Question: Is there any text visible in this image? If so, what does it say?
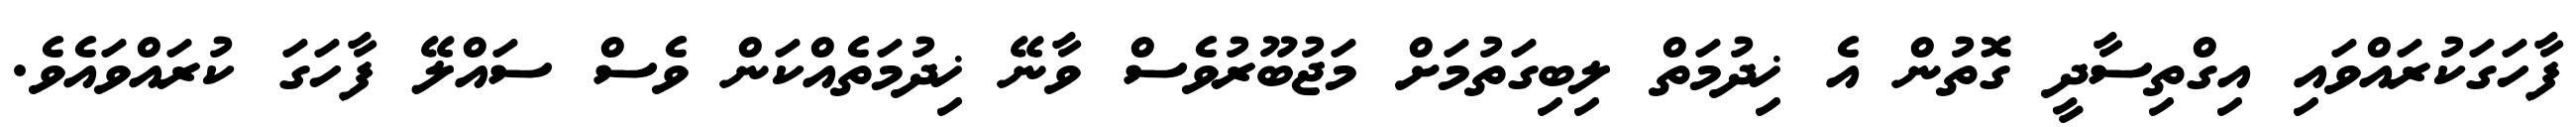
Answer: ފާހަގަކުރައްވައި އިގްތިސާދީ ގޮތުން އެ ޚިދުމަތް ލިބިގަތުމަށް މަޖުބޫރުވެސް ވާނޭ ޚިދުމަތެއްކަން ވެސް ސައްލޭ ފާހަގަ ކުރައްވައެވެ.